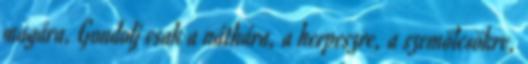
magára. Gondolj csak a náthára, a herpeszre, a szemölcsökre,